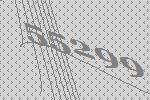
55299